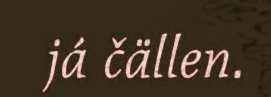
já čällen.